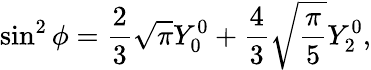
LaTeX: \sin^{2}\phi=\frac{2}{3}\sqrt{\pi}Y_{0}^{0}+\frac{4}{3}\sqrt{\frac{\pi}{5}}Y_{2}^{0},